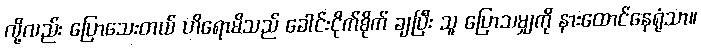
လို့လည်း ပြောသေးတယ် ဟိရောမိသည် ခေါင်းငိုက်စိုက် ချပြီး သူ ပြောသမျှကို နားထောင်နေရုံသာ။